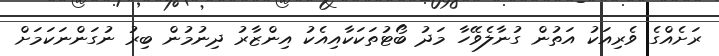
ރަށެއްގެ ވެރިއަކު އަތުން ގުނާލެވޭހާ މަދު ބޯޓުތަކަކާއިއެކު އިންޒާރު ދިނުމުން ބިރު ނުގަންނަކަމަށް